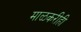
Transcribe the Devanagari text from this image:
माळकरीही